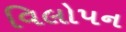
વિલોપન